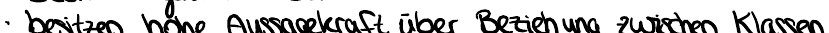
besitzen hohe Aussagekraft über Beziehung zwischen Klassen